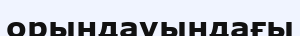
орындауындағы